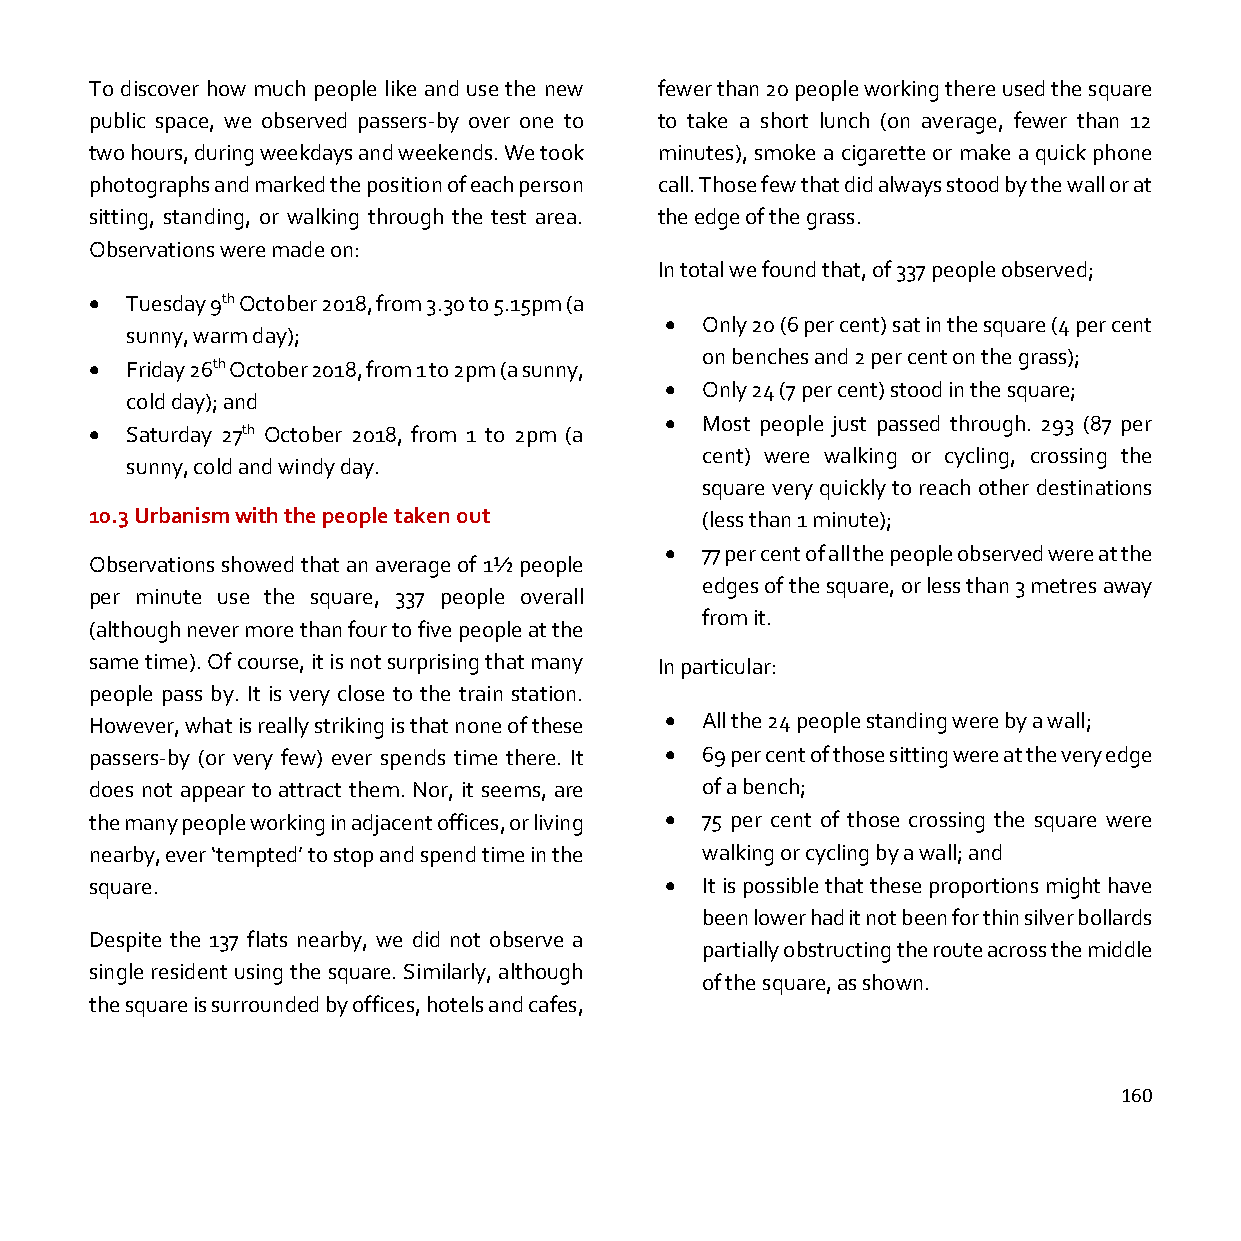
To discover how much people like and use the new fewer than 20 people working there used the square
 public space, we observed passers-by over one to to take a short lunch (on average, fewer than 12
 two hours, during weekdays and weekends. We took minutes), smoke a cigarette or make a quick phone
 photographs and marked the position of each person call. Those few that did always stood by the wall or at
 sitting, standing, or walking through the test area. the edge of the grass.
 Observations were made on:
 In total we found that, of 337 people observed;
 • Tuesday 9th October 2018, from 3.30 to 5.15pm (a
 • Only 20 (6 per cent) sat in the square (4 per cent
 sunny, warm day);
 on benches and 2 per cent on the grass);
 • Friday 26th October 2018, from 1 to 2pm (a sunny,
 • Only 24 (7 per cent) stood in the square;
 cold day); and
 • Most people just passed through. 293 (87 per
 • Saturday 27th October 2018, from 1 to 2pm (a
 cent) were walking or cycling, crossing the
 sunny, cold and windy day.
 square very quickly to reach other destinations
 10.3 Urbanism with the people taken out (less than 1 minute);
 • 77 per cent of all the people observed were at the
 Observations showed that an average of 1½ people
 edges of the square, or less than 3 metres away
 per minute use the square, 337 people overall
 from it.
 (although never more than four to five people at the
 same time). Of course, it is not surprising that many In particular:
 people pass by. It is very close to the train station.
 However, what is really striking is that none of these • All the 24 people standing were by a wall;
 passers-by (or very few) ever spends time there. It • 69 per cent of those sitting were at the very edge
 does not appear to attract them. Nor, it seems, are of a bench;
 the many people working in adjacent offices, or living • 75 per cent of those crossing the square were
 nearby, ever ‘tempted’ to stop and spend time in the walking or cycling by a wall; and
 square.                               • It is possible that these proportions might have
 been lower had it not been for thin silver bollards
 Despite the 137 flats nearby, we did not observe a
 partially obstructing the route across the middle
 single resident using the square. Similarly, although
 of the square, as shown.
 the square is surrounded by offices, hotels and cafes,
 160